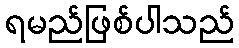
ရမည်ဖြစ်ပါသည်